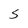
Character: S